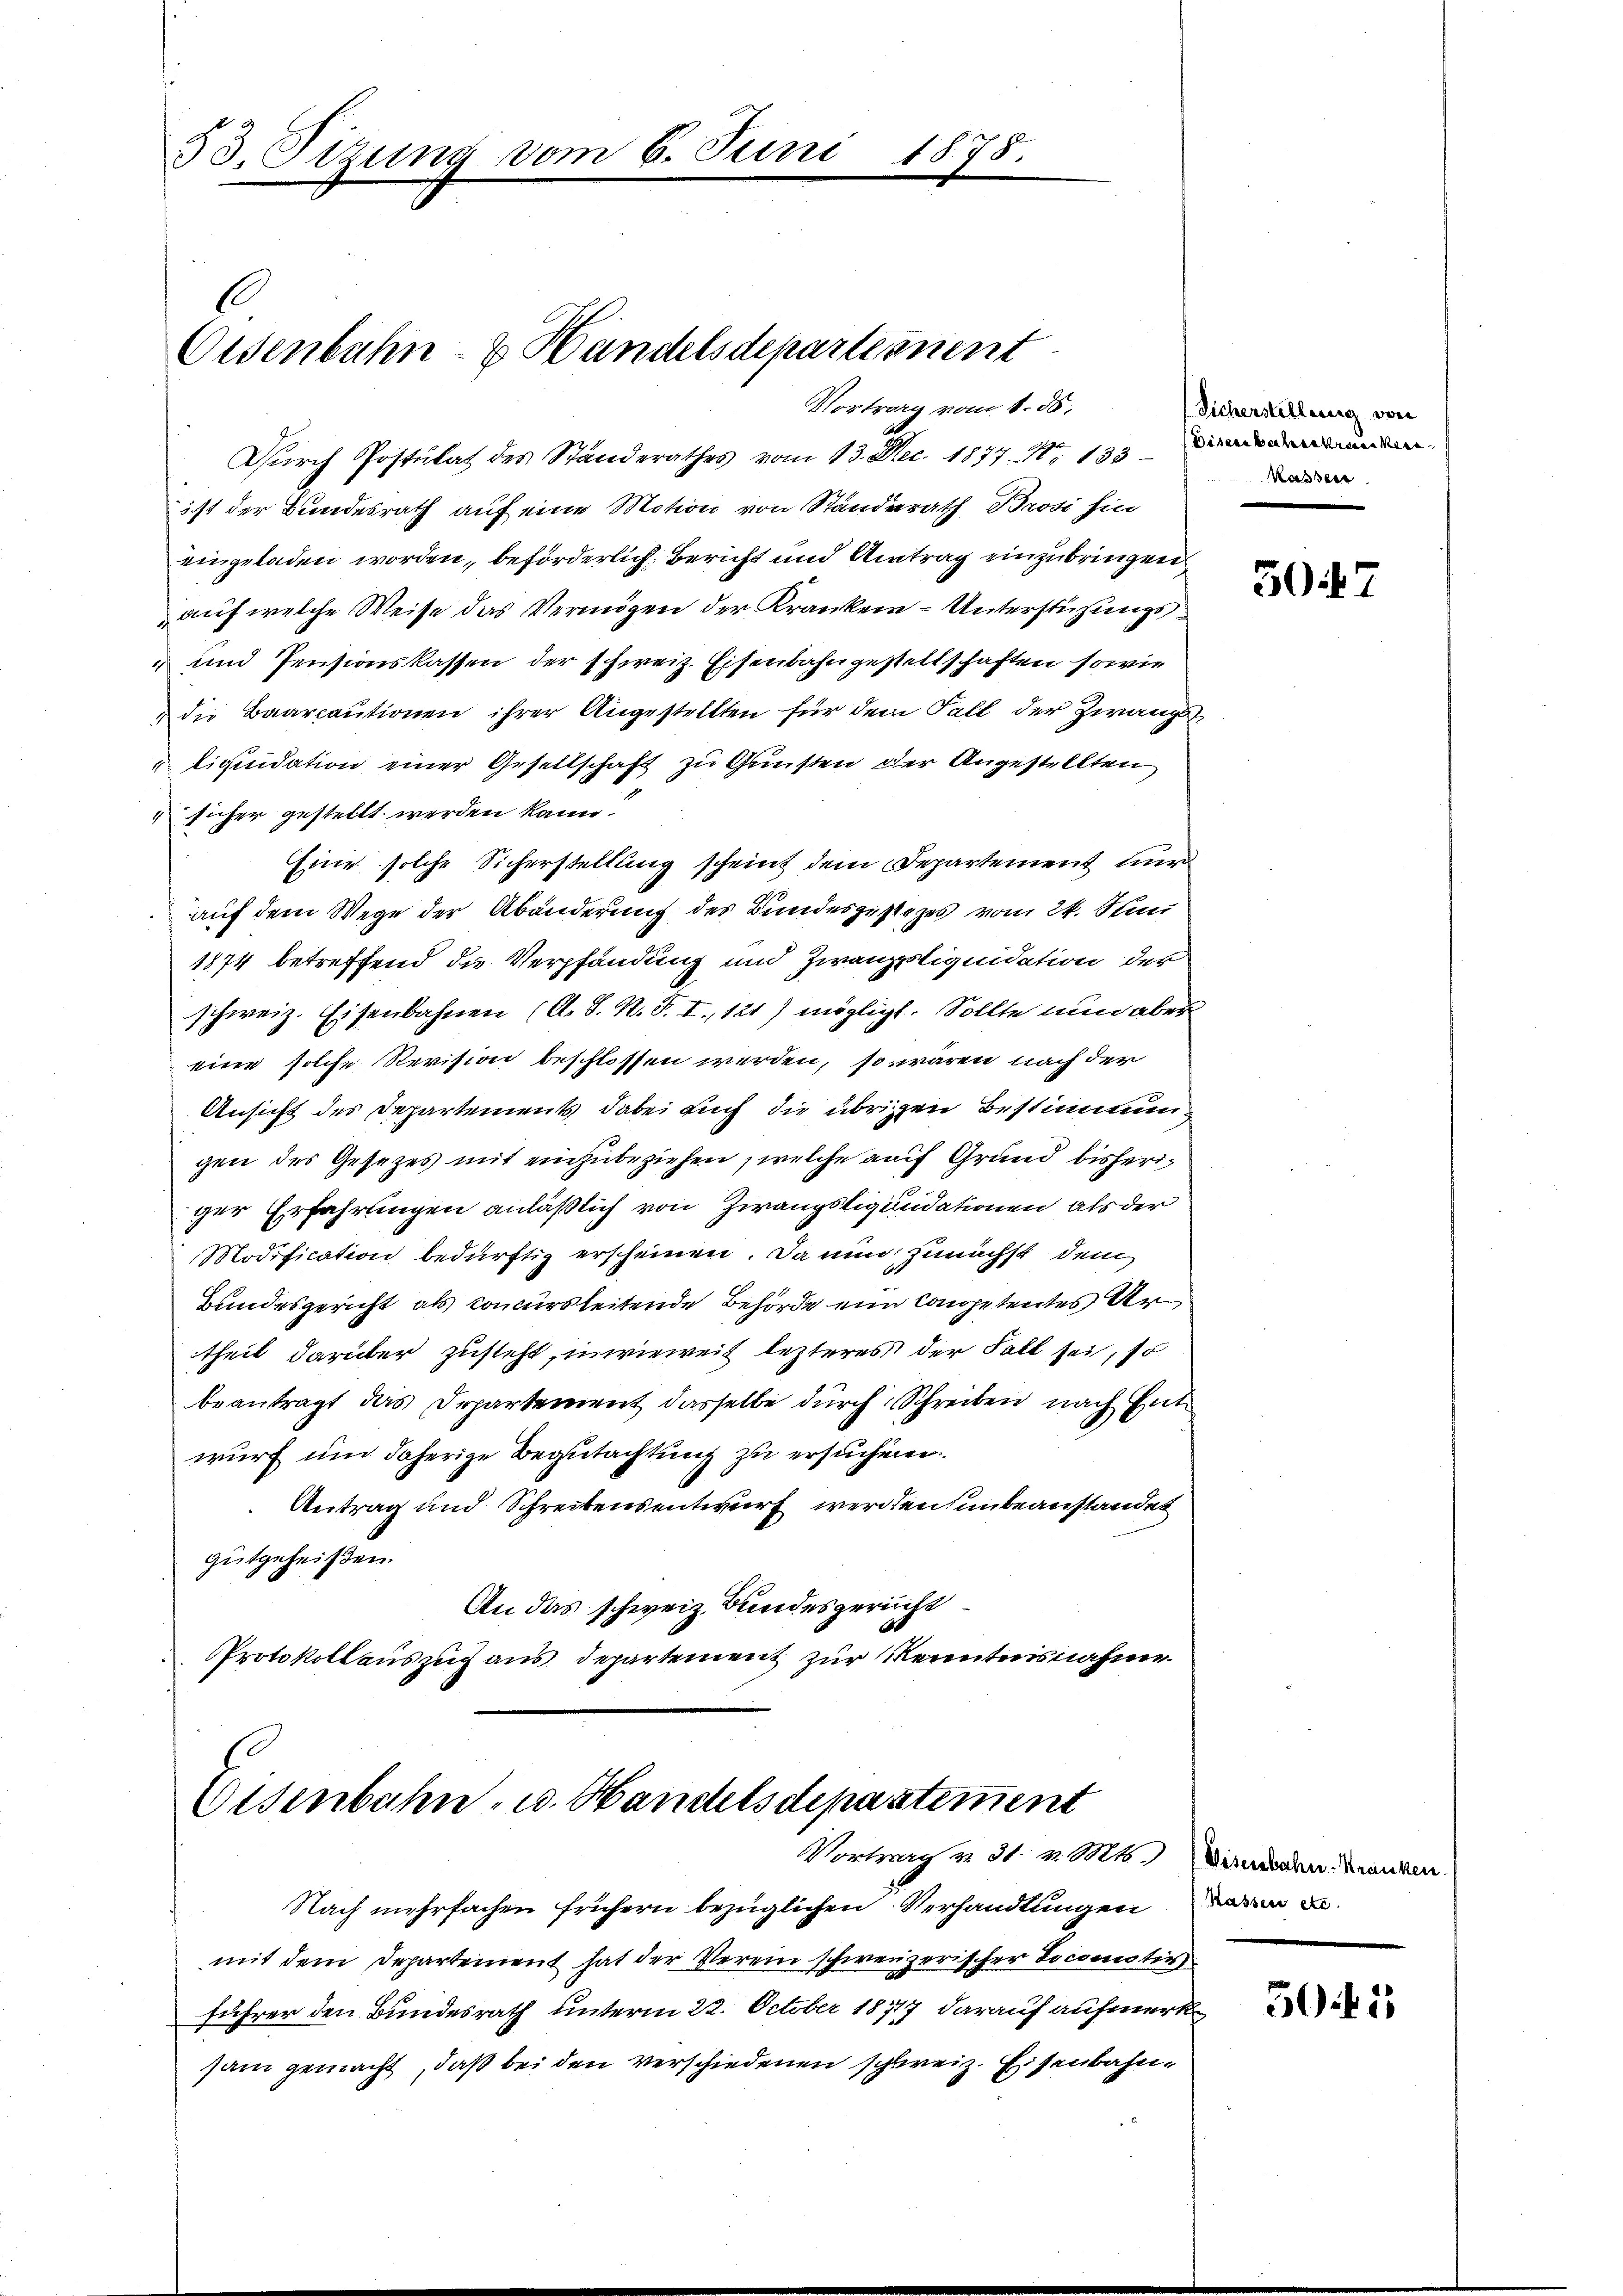
53. Sizung vom 6. Juni 1878.

l
Eisenbahn- & Handelsdepartement
Vortrag vom 1. ds.

Durch Postulat des Standerathes vom 13. Dec. 1877 No 133
ist der Bundesrath auf eine Motion von Standerath Brosi hin
eingeladen worden, beförderlich, Bericht und Antrag einzubringen
auf welche Weise das Vermögen der Kranken - Unterstüzungs¬
“ und Pensionskassen der schweiz. Eisenbahngestellschaften sowie
die Baarcautionen ihrer Angestellten für dem Fall der Zwangs-
tiquidation einer Gesellschaft zu Gunsten der Angestellten
 sicher gestellt werden kann.
Eine solche Sicherstellung scheint dem Departement nur
auf dem Wege der Abänderung des Bundesgestezes vom 24. Man
1874 betreffend die Verpfandung und Zwanzpliquidation der
schweiz. Eisenbahnen (A. S. N. F. I., 121) möglicht. Sollte nun aber
eine solche Revision beschlossen werden, so wären nach der
Ansicht des Departements dabei auch die übrigen Bestimmung
gen des Gesezes mit einzubeziehen, welche auf Grund bisheriger Erfahrungen anläßlich von Zwangsliquidationen als der
Modification bedürftig erscheinen. Da nun zunächst dem
Bundesgericht als concursleitende Behörde ein Competentes Artheil darüber zusteht, inwieweit lezteres der Fall sei, so
beantragt das Departement dasselbe durch Schreiben nach Entwurf und daherige Begutachtung zu ersuchen.
Antrag und Schreibensentwurf werden unbeanstandet
gutgeheißen.
An das schweiz. Bundesgericht
Protokollauszug aus Departement zur Kenntnisnahme

Nach mehrfachen frühern bezüglichen Verhandlungenen Bemit dem Departement hat der Verein schweizerischer Toconsti
führer den Bundesrath unterm 22. October 1877 darauf aufmerk
sam gemacht, daß bei den verschiedenen schweiz. Eisenbahn¬
8

Eisenbahn- u. Handelsdepartement
Vortrag u. 31. v. Mts. Disenbahn. Kranken.

Sicherstellung von
Kassen

5047

501